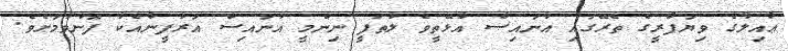
ޢާއިލާގެ ވިޔަފާރީގެ ތެރޭގައި އުނައިސް އުޅޭތީވެ ލުތުފީ ނިންމީ އުނައިސް އަރުފީނާއެކު ފޮނުވުމަށެވެ.